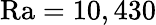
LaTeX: \mathrm{Ra}=10,430